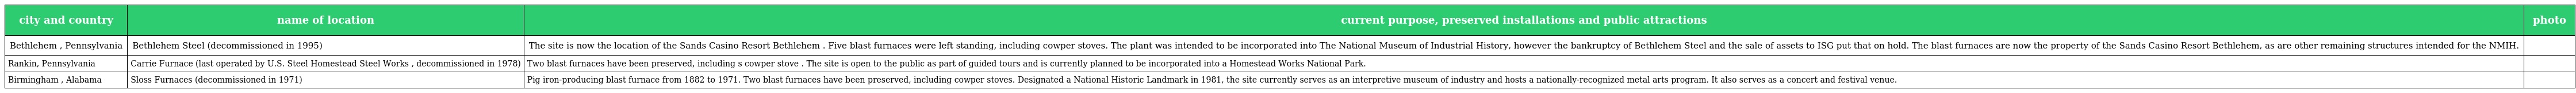
| city and country | name of location | current purpose, preserved installations and public attractions | photo |
 | --- | --- | --- | --- |
 | Bethlehem , Pennsylvania | Bethlehem Steel (decommissioned in 1995) | The site is now the location of the Sands Casino Resort Bethlehem . Five blast furnaces were left standing, including cowper stoves. The plant was intended to be incorporated into The National Museum of Industrial History, however the bankruptcy of Bethlehem Steel and the sale of assets to ISG put that on hold. The blast furnaces are now the property of the Sands Casino Resort Bethlehem, as are other remaining structures intended for the NMIH. |  |
 | Rankin, Pennsylvania | Carrie Furnace (last operated by U.S. Steel Homestead Steel Works , decommissioned in 1978) | Two blast furnaces have been preserved, including s cowper stove . The site is open to the public as part of guided tours and is currently planned to be incorporated into a Homestead Works National Park. |  |
 | Birmingham , Alabama | Sloss Furnaces (decommissioned in 1971) | Pig iron-producing blast furnace from 1882 to 1971. Two blast furnaces have been preserved, including cowper stoves. Designated a National Historic Landmark in 1981, the site currently serves as an interpretive museum of industry and hosts a nationally-recognized metal arts program. It also serves as a concert and festival venue. |  |